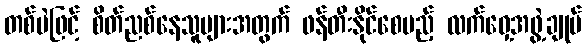
တစ်မဲဖြင့် စိတ်ညစ်နေသူများအတွက် ဖန်တီးနိုင်စေမည့် လက်ဝှေ့အဖွဲ့ချုပ်